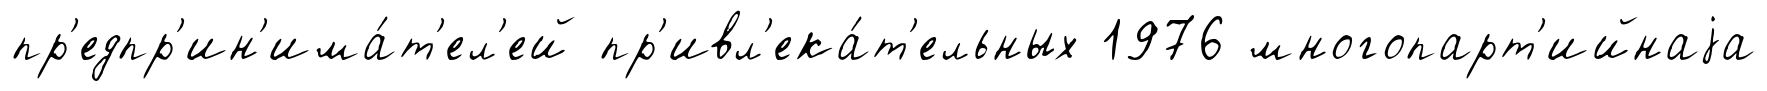
пр'едпр'ин'има́т'ел'ей пр'ивл'ека́т'ельных 1976 многопарт'ийнаjа